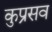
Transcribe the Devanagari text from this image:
कुप्रसव